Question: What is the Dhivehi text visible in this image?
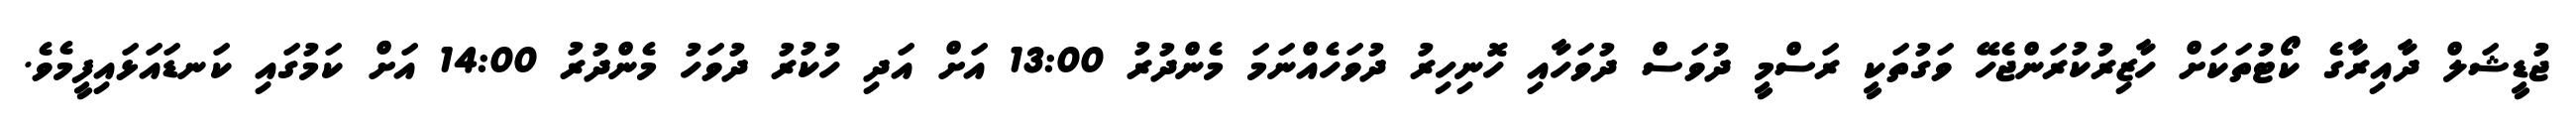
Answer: ޖުޑީޝަލް ދާއިރާގެ ކޯޓުތަކަށް ހާޒިރުކުރަންޖެހޭ ވަގުތަކީ ރަސްމީ ދުވަސް ދުވަހާއި ހޮނިހިރު ދުވަހެއްނަމަ މެންދުރު 13:00 އަށް އަދި ހުކުރު ދުވަހު މެންދުރު 14:00 އަށް ކަމުގައި ކަނޑައަޅައިފީމެވެ.